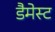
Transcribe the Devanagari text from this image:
डैमेस्ट